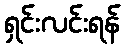
ရှင်းလင်းရန်